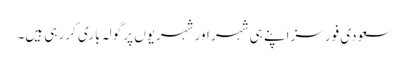
سعودی فورسز اپنے ہی شہر اور شہریوں پر گولہ باری کر رہی ہیں۔